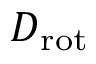
D _ { \mathrm { r o t } }